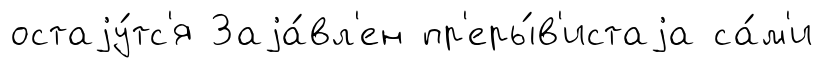
остаjу́тс'я Заjа́вл'ен пр'еры́в'истаjа са́м'и